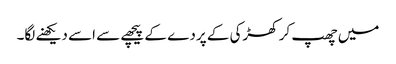
میں چھپ کر کھڑکی کے پردے کے پیچھے سے اسے دیکھنے لگا۔